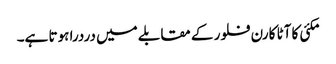
مکئی کا آٹا کارن فلور کے مقابلے میں دردرا ہوتا ہے۔